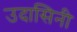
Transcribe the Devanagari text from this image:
उदासिनी